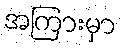
အကြားမှာ